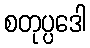
စတုပ္ပဒေါ